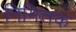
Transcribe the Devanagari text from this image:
निमित्तक